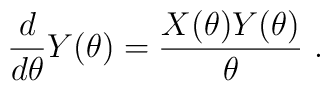
\frac{d}{d\theta}Y(\theta)=\frac{X(\theta)Y(\theta)}{\theta} \ . \